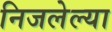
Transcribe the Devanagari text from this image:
निजलेल्या